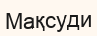
Мақсуди